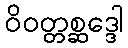
ဝိဝတ္တစ္ဆဒ္ဒေါ